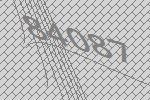
84087